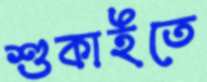
শুকাইতে